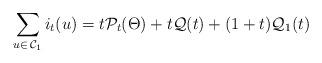
LaTeX: \begin{align*}\sum_{u \in \, \mathcal C_1} i_t (u) = t \mathcal P_t(\Theta) + t \mathcal Q(t) + (1+t)\mathcal Q_1(t)\end{align*}